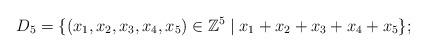
LaTeX: \begin{align*}D_5 = \{(x_1, x_2,x_3,x_4,x_5) \in \mathbb Z^5 \mid x_1+x_2+x_3+x_4+x_5 \};\end{align*}